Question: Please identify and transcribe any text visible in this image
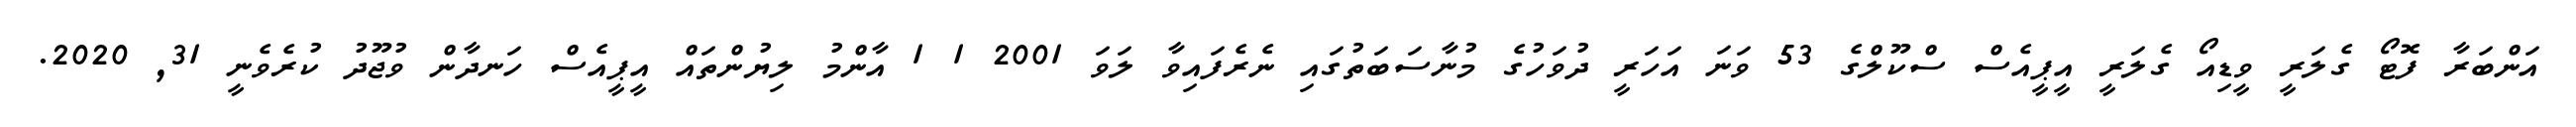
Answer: އަންބަރާ ފޮޓޯ ގެލަރީ ވީޑިއޯ ގެލަރީ އީޕީއެސް ސްކޫލްގެ 53 ވަނަ އަހަރީ ދުވަހުގެ މުނާސަބަތުގައި ނެރެފައިވާ ލަވަ 2001 1 1 އާންމު ލިޔުންތައް އީޕީއެސް ހަނދާން ވުޖޫދު ކުރެވެނީ 31, 2020.